Indian journal of veterinary science and animal husbandry - Volume 5,
Year: 1935
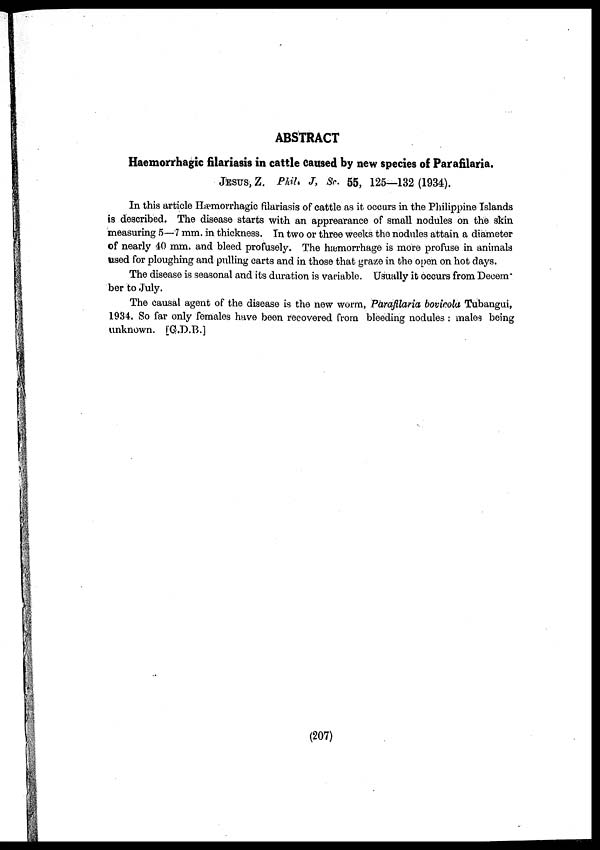
ABSTRACT
Haemorrhagic filariasis in cattle caused by new species of Parafilaria,
JESUS, Z. Phil J, Sc. 55, 125—132 (1934).
In this article Hæmorrhagic filariasis of cattle as it occurs in the Philippine Islands
is described. The disease starts with an apprearance of small nodules on the skin
measuring 5—7 mm. in thickness. In two or three weeks the nodules attain a diameter
of nearly 40 mm. and bleed profusely. The hæmorrhage is more profuse in animals
used for ploughing and pulling carts and in those that graze in the open on hot days.
The disease is seasonal and its duration is variable. Üsually it occurs from Decem.
ber to July.
The causal agent of the disease is the new worm, Parafilaria bovicola Tubangui,
1934. So far only females have been recovered from bleeding nodules : males being
unknown. [G.D.B.]
(207)